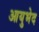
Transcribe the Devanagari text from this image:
आयुभेद